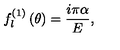
f _ { l } ^ { \left( 1 \right) } \left( \theta \right) = \frac { i \pi \alpha } { E } , \qquad